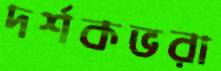
দর্শকভরা